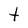
Character: t